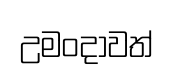
උමංදාවත්